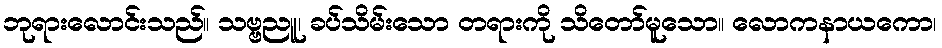
ဘုရားလောင်းသည်။ သဗ္ဗညူ၊ ခပ်သိမ်းသော တရားကို သိတော်မူသော။ လောကနာယကော၊